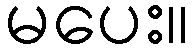
မပေး။